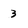
Character: 3